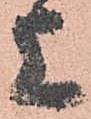
上